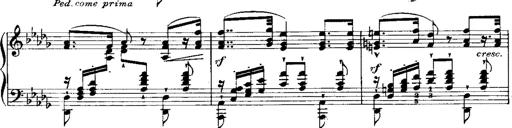
Title: RÃ©miniscences de 'Lucia di Lammermoor'
Composer: Franz Liszt